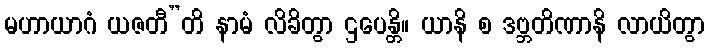
မဟာယာဂံ ယဇတီ”တိ နာမံ လိခိတွာ ဌပေန္တိ။ ယာနိ စ ဒဗ္ဘတိဏာနိ လာယိတွာ